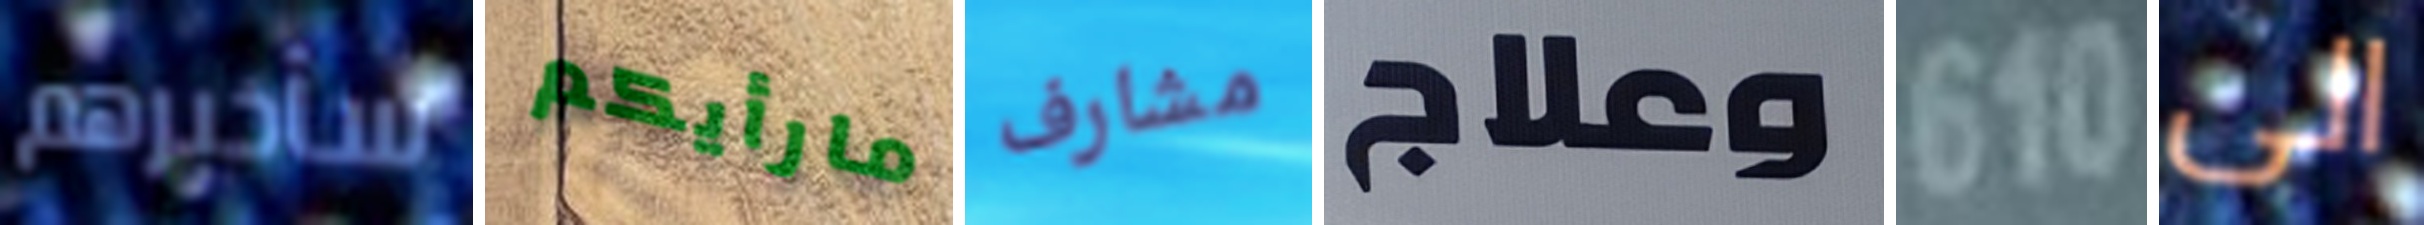
سأخبرهم مارأيكم مشارف وعلاج 610 الى